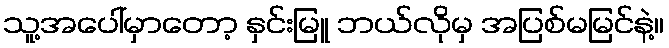
သူ့အပေါ်မှာတော့ နှင်းမြူ ဘယ်လိုမှ အပြစ်မမြင်နဲ့။